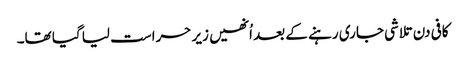
کافی دن تلاشی جاری رہنے کے بعد اُنھیں زیر حراست لیا گیا تھا۔